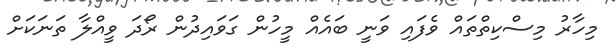
މިހާރު މިސްކިތްތައް ވެފައި ވަނީ ބައެއް މީހުން ގަވައިދުން ރޯދަ ވީއްލާ ތަނަކަށް